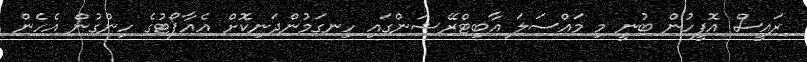
ރައީސް އޮފީހުން ބުނީ މި މައްސަލަ އާބިޓްރޭޝަންގައި ހިނގަމުންދަނިކޮށް އެއާޕޯޓުގެ ހިންގުން އެހެން